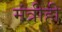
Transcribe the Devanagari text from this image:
मंत्रीही